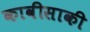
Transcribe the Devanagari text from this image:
कावीसाकी